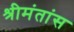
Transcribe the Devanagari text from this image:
श्रीमंतांस